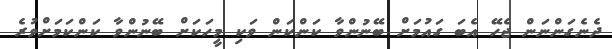
ދެނެގަންނަން ޖެހޭ އެބަ ގައުމަށް ބޭނުންވާ ކަންކަން ވަކި މީހަކަށް ބޭނުންވާ ކަންކަމަށްވުރެ